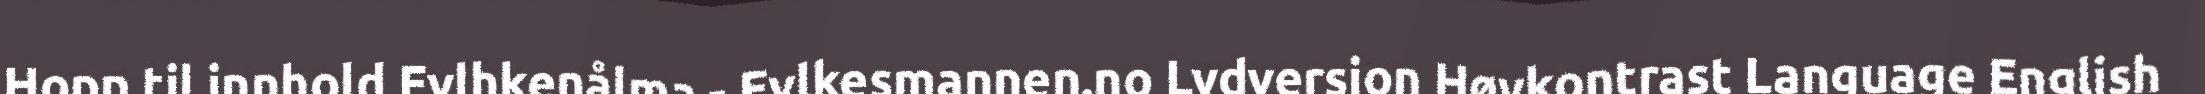
Hopp til innhold Fylhkenålma - Fylkesmannen.no Lydversjon Høykontrast Language English